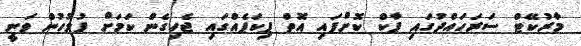
މާރުކޭޓް ސަރަހައްދުގައި ޕާކް ކޮށްފައި އޮތް ޕިކަޕެއްގައި ޖެހިގެން ކަމަށް ފުލުހުން ވަނީ